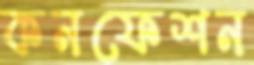
কনফেশন